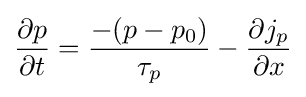
{\frac {\partial p}{\partial t}}={\frac {-(p-p_{0})}{\tau _{p}}}-{\frac {\partial j_{p}}{\partial x}}